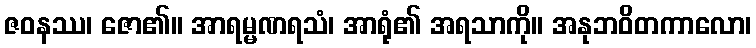
ဇဝနဿ၊ ဇော၏။ အာရမ္မဏရသံ၊ အာရုံ၏ အရသာကို။ အနုဘဝိတကာလော၊